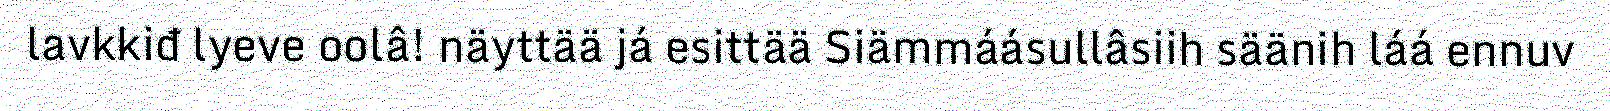
lavkkiđ lyeve oolâ! näyttää já esittää Siämmáásullâsiih säänih láá ennuv